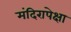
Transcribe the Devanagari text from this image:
मंदिरापेक्षा